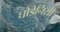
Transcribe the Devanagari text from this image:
घोडेनिसीं